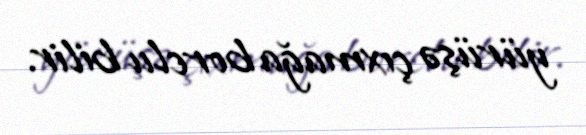
yürüşə çıxmağa borclu bilir.